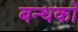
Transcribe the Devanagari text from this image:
बन्धको